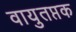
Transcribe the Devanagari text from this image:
वायुतप्तक